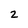
Character: 2